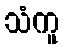
သံကူ